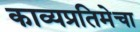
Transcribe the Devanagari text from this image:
काव्यप्रतिमेचा